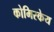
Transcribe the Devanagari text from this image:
कोमिस्केय